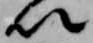
以